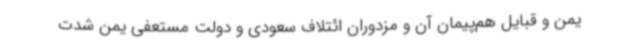
یمن و قبایل هم‌پیمان آن و مزدوران ائتلاف سعودی و دولت مستعفی یمن شدت